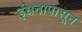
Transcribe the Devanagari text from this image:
इंधनापासून